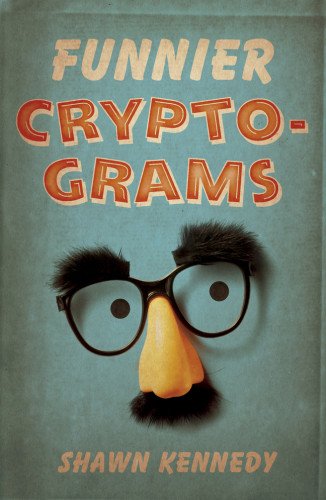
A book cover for Funnier Cryptograms; Shawn Kennedy; Humor & Entertainment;